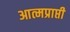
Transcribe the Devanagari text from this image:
आत्मप्राप्ती